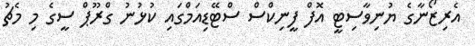
އެރިޒޯނާގެ ޔުނިވާސިޓީ އޮފް ފީނިކްސް ސްޓޭޑިއަމްގައި ކުޅުނު ގްރޫޕް ސީގެ މި މެޗު